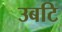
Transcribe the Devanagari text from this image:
उबटि